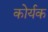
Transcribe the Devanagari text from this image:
कोर्यक